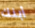
أبنك